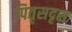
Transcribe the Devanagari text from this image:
पितृसदृश